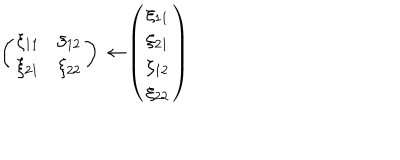
LaTeX: \left( \begin{array} { l l } { { \xi _ { 1 1 } } } & { { \xi _ { 1 2 } } } \\ { { \xi _ { 2 1 } } } & { { \xi _ { 2 2 } } } \\ \end{array} \right) \rightarrow \left( \begin{array} { l } { { \xi _ { 1 1 } } } \\ { { \xi _ { 2 1 } } } \\ { { \xi _ { 1 2 } } } \\ { { \xi _ { 2 2 } } } \\ \end{array} \right)